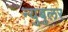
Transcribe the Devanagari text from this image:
न्‍युबुलर